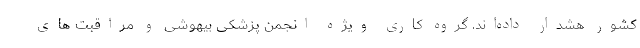
کشور هشدار داده‌اند. گروه کاری ویژه انجمن پزشکی بیهوشی و مراقبت های